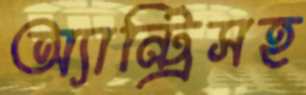
অ্যান্ট্রিসহ